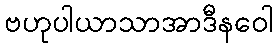
ဗဟုပါယာသာအာဒီနဝေါ